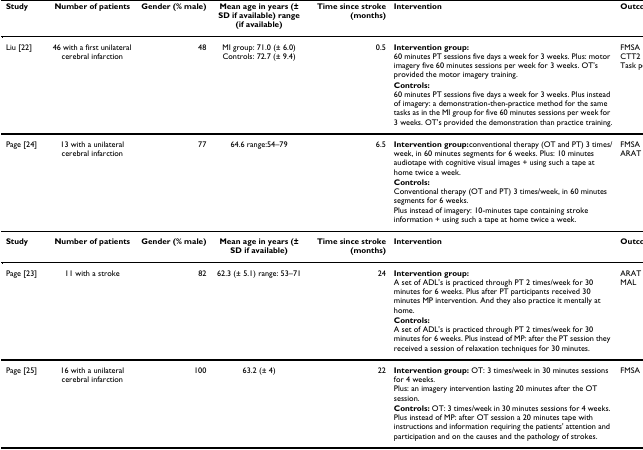
| Study | Number of patients | Gender (% male) | Mean age in years (± SD if available) range (if available) | Time since stroke (months) | Intervention | Outcomes |
 | --- | --- | --- | --- | --- | --- | --- |
 | Liu [22] | 46 with a first unilateral cerebral infarction | 48 | MI group: 71.0 (± 6.0)Controls: 72.7 (± 9.4) | 0.5 | Intervention group:60 minutes PT sessions five days a week for 3 weeks. Plus: motor imagery five 60 minutes sessions per week for 3 weeks. OT's provided the motor imagery training. | FMSACTT2Task performance test |
 |  |  |  |  |  | Controls:60 minutes PT sessions five days a week for 3 weeks. Plus instead of imagery: a demonstration-then-practice method for the same tasks as in the MI group for five 60 minutes sessions per week for 3 weeks. OT's provided the demonstration than practice training. |  |
 | Page [24] | 13 with a unilateral cerebral infarction | 77 | 64.6 range:54–79 | 6.5 | Intervention group:conventional therapy (OT and PT) 3 times/week, in 60 minutes segments for 6 weeks. Plus: 10 minutes audiotape with cognitive visual images + using such a tape at home twice a week. | FMSAARAT |
 |  |  |  |  |  | Controls:Conventional therapy (OT and PT) 3 times/week, in 60 minutes segments for 6 weeks.Plus instead of imagery: 10-minutes tape containing stroke information + using such a tape at home twice a week. |  |
 | Study | Number of patients | Gender (% male) | Mean age in years (± SD if available) | Time since stroke (months) | Intervention | Outcomes |
 | Page [23] | 11 with a stroke | 82 | 62.3 (± 5.1) range: 53–71 | 24 | Intervention group:A set of ADL's is practiced through PT 2 times/week for 30 minutes for 6 weeks. Plus after PT participants received 30 minutes MP intervention. And they also practice it mentally at home. | ARATMAL |
 |  |  |  |  |  | Controls:A set of ADL's is practiced through PT 2 times/week for 30 minutes for 6 weeks. Plus instead of MP: after the PT session they received a session of relaxation techniques for 30 minutes. |  |
 | Page [25] | 16 with a unilateral cerebral infarction | 100 | 63.2 (± 4) | 22 | Intervention group: OT: 3 times/week in 30 minutes sessions for 4 weeks.Plus: an imagery intervention lasting 20 minutes after the OT session. | FMSA |
 |  |  |  |  |  | Controls: OT: 3 times/week in 30 minutes sessions for 4 weeks. Plus instead of MP: after OT session a 20 minutes tape with instructions and information requiring the patients' attention and participation and on the causes and the pathology of strokes. |  |